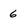
Character: 6